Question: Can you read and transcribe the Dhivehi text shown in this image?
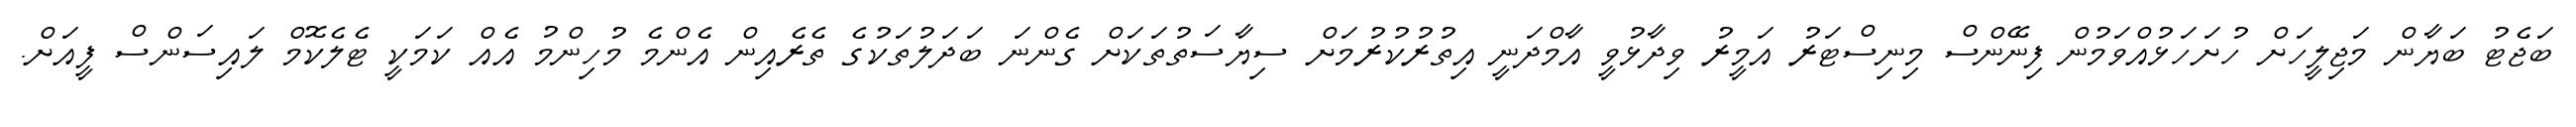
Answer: ބަޖެޓު ބަޔާން މަޖިލީހަށް ހުށަހަޅުއްވަމުން ފިނޭންސް މިނިސްޓަރު އަމީރު ވިދާޅުވީ އާމްދަނީ އިތުރުކުރުމަށް ސިޔާސަތުތަކަށް ގެންނަ ބަދަލުތަކުގެ ތެރެއިން އެންމެ މުހިންމު އެއް ކަމަކީ ޓެލެކޮމް ލައިސަންސް ފީއަށް.